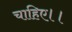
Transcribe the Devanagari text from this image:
चाहिए।।